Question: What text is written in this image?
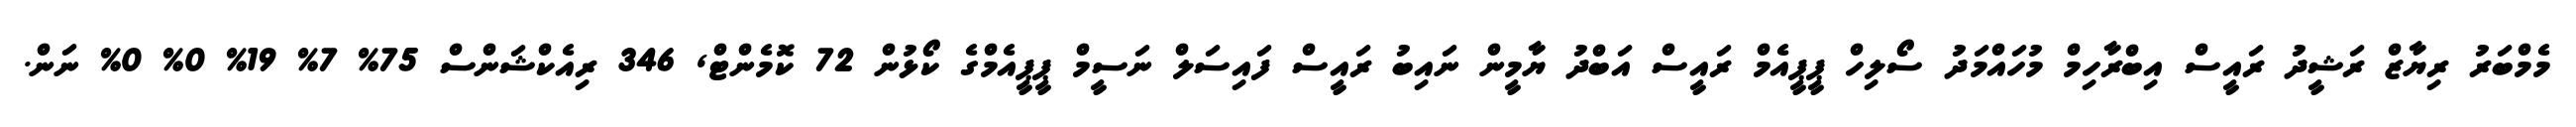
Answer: މެމްބަރު ރިޔާޒް ރަޝީދު ރައީސް އިބްރާހިމް މުހައްމަދު ސޯލިހް ޕީޕީއެމް ރައީސް އަބްދު ޔާމީން ނައިބު ރައީސް ފައިސަލް ނަސީމް ޕީޕީއެމްގެ ކޯޅުން 72 ކޮމެންޓް, 346 ރިއެކްޝަންސް 75% 7% 19% 0% 0% ނަން.